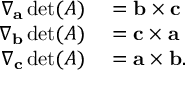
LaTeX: \begin{array} { r l } { \nabla _ { \mathbf { a } } \operatorname* { d e t } ( A ) } & { { } = \mathbf { b } \times \mathbf { c } } \\ { \nabla _ { \mathbf { b } } \operatorname* { d e t } ( A ) } & { { } = \mathbf { c } \times \mathbf { a } } \\ { \nabla _ { \mathbf { c } } \operatorname* { d e t } ( A ) } & { { } = \mathbf { a } \times \mathbf { b } . } \end{array}